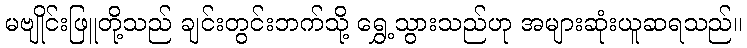
မဗျိုင်းဖြူတို့သည် ချင်းတွင်းဘက်သို့ ရွှေ့သွားသည်ဟု အများဆုံးယူဆရသည်။